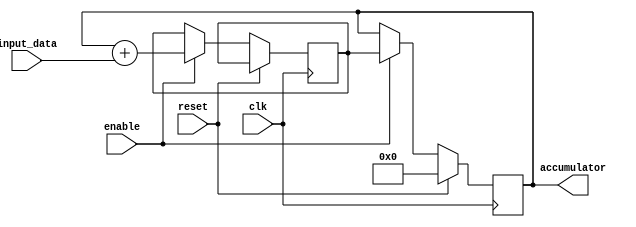
module accumulator (
    input wire clk,
    input wire reset,
    input wire enable,
    input wire [7:0] input_data,
    output reg [7:0] accumulator
);

reg [7:0] temp;

always @(posedge clk) begin
    if (reset) begin
        accumulator <= 8'b0;
    end else begin
        if (enable) begin
            temp <= accumulator + input_data;
            accumulator <= temp;
        end
    end
end

endmodule